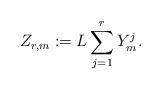
LaTeX: \begin{align*}Z_{r,m} := L \sum_{j=1}^r Y_m^j.\end{align*}